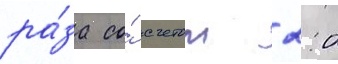
ра́за со́ счетом 2:0